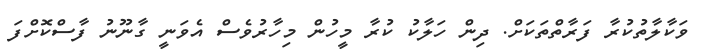
ވަކާލާތުކުރާ ފަރާތްތަކަށް. ދިން ހަލާކު ކުރާ މީހުން މިހާރުވެސް އެވަނީ ގާނޫނު ފާސްކޮށްފަ